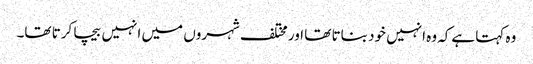
وہ کہتا ہےکہ وہ انہیں خود بناتا تھا اور مختلف شہروں میں انہیں بیچا کرتا تھا۔